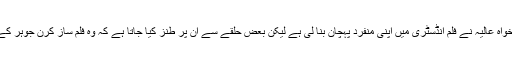
اپنی اداکاری کی بنیاد پر خواہ عالیہ نے فلم انڈسٹری میں اپنی منفرد پہچان بنا لی ہے لیکن بعض حلقے سے ان پر طنز کیا جاتا ہے کہ وہ فلم ساز کرن جوہر کے ہاتھوں کی کٹھ پتلی ہیں۔